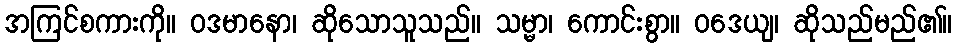
အကြင်စကားကို။ ဝဒမာနော၊ ဆိုသောသူသည်။ သမ္မာ၊ ကောင်းစွာ။ ဝဒေယျ၊ ဆိုသည်မည်၏။